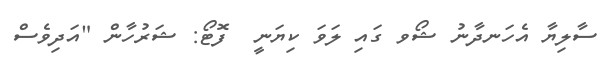
ސާލިޔާ އެހަނދާނު ޝޯވ ގައި ލަވަ ކިޔަނީ  ފޮޓޯ: ޝަރުހާން "އަދިވެސް